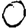
Digit: 0